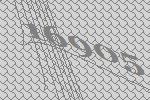
16905